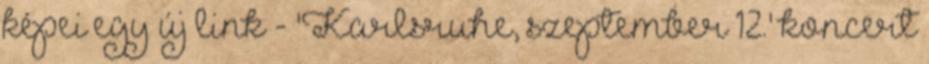
képei egy új link - 'Karlsruhe, szeptember 12.' koncert